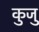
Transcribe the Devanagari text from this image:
कुजु